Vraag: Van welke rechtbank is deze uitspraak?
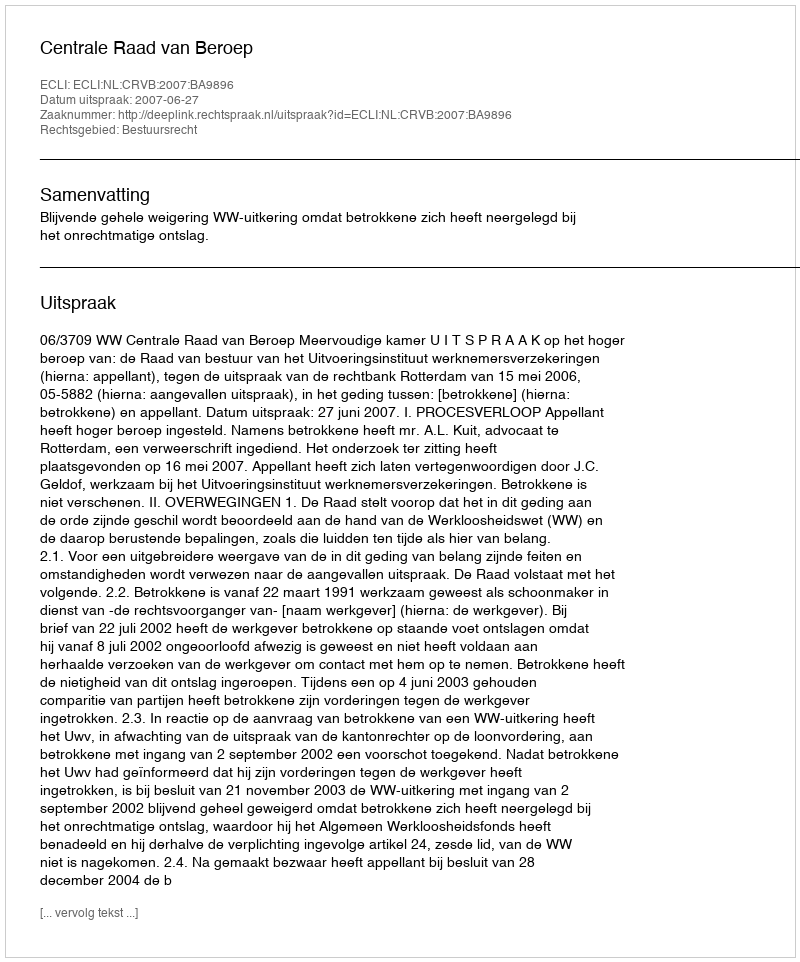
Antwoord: Centrale Raad van Beroep